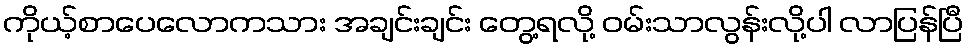
ကိုယ့်စာပေလောကသား အချင်းချင်း တွေ့ရလို့ ဝမ်းသာလွန်းလို့ပါ လာပြန်ပြီ